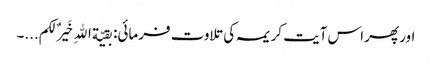
اور پھر اس آیت کریمہ کی تلاوت فرمائی: بقیّة اللهِ خَیرٌ لکم...۔